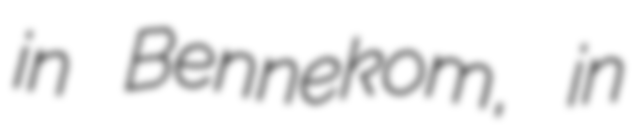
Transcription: in Bennekom, in